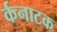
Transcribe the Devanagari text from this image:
र्कनाटक